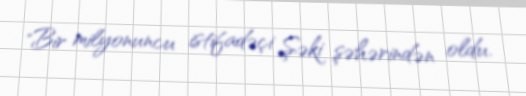
"Bir milyonuncu istifadəçi Şəki şəhərindən oldu.